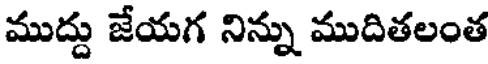
ముద్దు జేయగ నిన్ను ముదితలంత